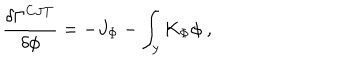
{ \frac { \delta \Gamma ^ { C J T } } { \delta \phi } } = - J _ { \Phi } - \int _ { y } K _ { \Phi } \phi ~ ,